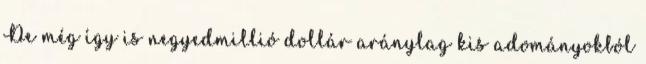
De még így is negyedmillió dollár aránylag kis adományokból